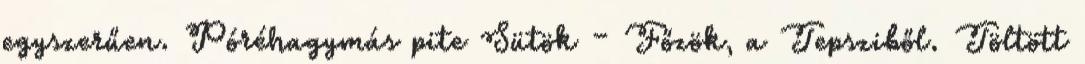
egyszerűen. Póréhagymás pite Sütök – Főzök, a Tepsziből. Töltött